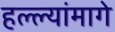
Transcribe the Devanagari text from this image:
हल्ल्यांमागे